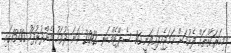
މިހަރަކާތްތައް ފެށުމަށް ހަމަޖެހިފައިވަނީ 16 ސެޕްޓެމްބަރ 2012 ވަނަ ދުވަހު މެންދުރުފަހު 15:00ގައި